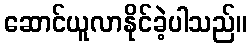
ဆောင်ယူလာနိုင်ခဲ့ပါသည်။